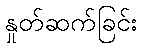
နှုတ်ဆက်ခြင်း